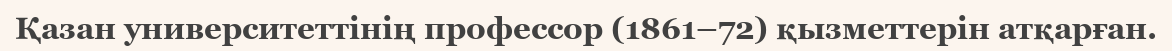
Қазан университеттінің профессор (1861–72) қызметтерін атқарған.